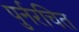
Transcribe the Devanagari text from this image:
पुर्नरचित